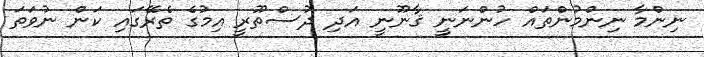
ނިންމާ ނިންމުންތައް ހުންނަނީ ޤާނޫނީ އަދި ދުސްތޫރީ އިމުގެ ތެރޭގައި ކަން ނުވަތަ